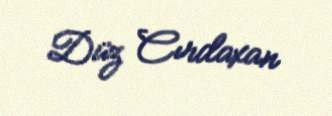
Düz Cırdaxan